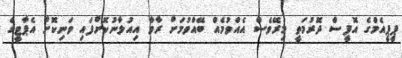
ޕީޕީއެމްގެ އޮފީސް ދޮރުމަތީ މިރޭވެސް އެއްވުމެއް ބޭއްވުމަށް ރާވާ އިއުލާނުކޮށްފައި ވަނިކޮށް އެޕާޓީގެ